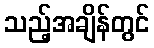
သည့်အချိန်တွင်